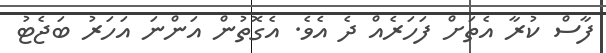
ފާސް ކުރާ އެތަށް ފަހަރެއް ދެ އެވެ. އެގޮތުން އަންނަ އަހަރު ބަޖެޓު